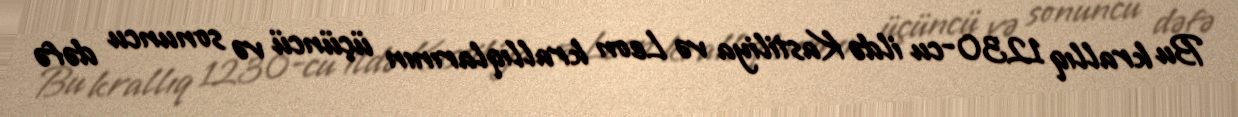
Bu krallıq 1230-cu ildə Kastiliya və Leon krallıqlarının üçüncü və sonuncu dəfə